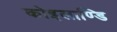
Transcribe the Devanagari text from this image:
कोइलाण्डि